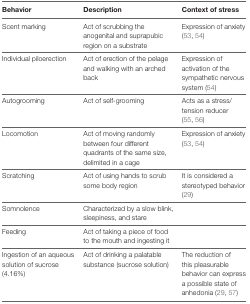
<table><thead><tr><td><b>Behavior</b></td><td><b>Description</b></td><td><b>Context of stress</b></td></tr></thead><tbody><tr><td>Scent marking</td><td>Act of scrubbing the anogenital and suprapubic region on a substrate</td><td>Expression of anxiety (53, 54)</td></tr><tr><td>Individual piloerection</td><td>Act of erection of the pelage and walking with an arched back</td><td>Expression of activation of the sympathetic nervous system (54)</td></tr><tr><td>Autogrooming</td><td>Act of self-grooming</td><td>Acts as a stress/tension reducer (55, 56)</td></tr><tr><td>Locomotion</td><td>Act of moving randomly between four different quadrants of the same size, delimited in a cage</td><td>Expression of anxiety (53, 54)</td></tr><tr><td>Scratching</td><td>Act of using hands to scrub some body region</td><td>It is considered a stereotyped behavior (29)</td></tr><tr><td>Somnolence</td><td>Characterized by a slow blink, sleepiness, and stare</td><td></td></tr><tr><td>Feeding</td><td>Act of taking a piece of food to the mouth and ingesting it</td><td></td></tr><tr><td>Ingestion of an aqueous solution of sucrose (4.16%)</td><td>Act of drinking a palatable substance (sucrose solution)</td><td>The reduction of this pleasurable behavior can express a possible state of anhedonia (29, 57)</td></tr></tbody></table>